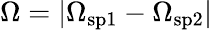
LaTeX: \Omega=|\Omega_{\mathrm{sp1}}-\Omega_{\mathrm{sp2}}|